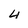
Character: 4